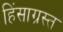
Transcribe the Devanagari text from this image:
हिंसाग्रस्त